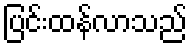
ပြင်းထန်လာသည်